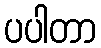
ပပါတာ